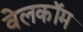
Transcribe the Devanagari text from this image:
वेलकॉम